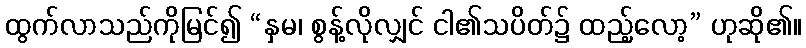
ထွက်လာသည်ကိုမြင်၍ “နှမ၊ စွန့်လိုလျှင် ငါ၏သပိတ်၌ ထည့်လော့” ဟုဆို၏။